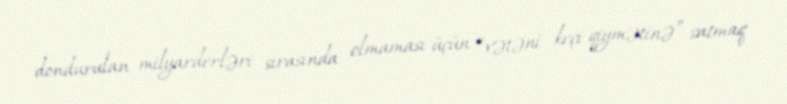
dondurulan milyarderləri sırasında olmaması üçün “vətəni keçi qiymətinə” satmaq